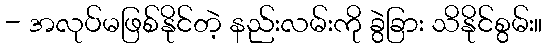
- အလုပ်မဖြစ်နိုင်တဲ့ နည်းလမ်းကို ခွဲခြား သိနိုင်စွမ်း။